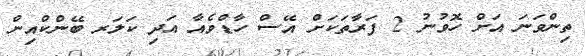
ތިންވަނަ އަށް ހޮވުނު 2 ފަރާތަކަށް އޭސް ހާޑްވެއާ އަދި ކަލަރ ބޭންކްއިން